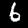
Digit: 6